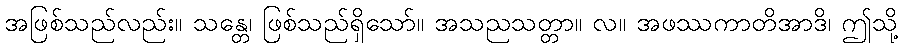
အဖြစ်သည်လည်း။ သန္တေ၊ ဖြစ်သည်ရှိသော်။ အသညသတ္တာ။ လ။ အဖဿကာတိအာဒိ၊ ဤသို့